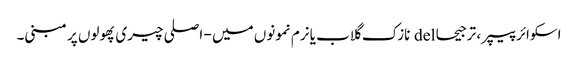
اسکوائر پیپر ، ترجیحا del نازک گلاب یا نرم نمونوں میں - اصلی چیری پھولوں پر مبنی۔